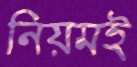
নিয়মই